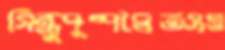
সিন্ধুপুষ্পদ্বৈতসত্ত